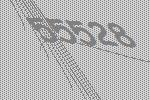
55528